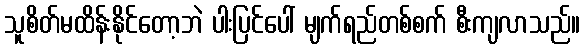
သူစိတ်မထိန်းနိုင်တော့ဘဲ ပါးပြင်ပေါ် မျက်ရည်တစ်စက် စီးကျလာသည်။